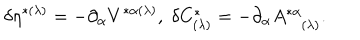
\delta \eta ^ { * ( \lambda ) } = - \partial _ { \alpha } V ^ { * \alpha ( \lambda ) } , \; \delta C _ { ( \lambda ) } ^ { * } = - \partial _ { \alpha } A _ { ( \lambda ) } ^ { * \alpha } .